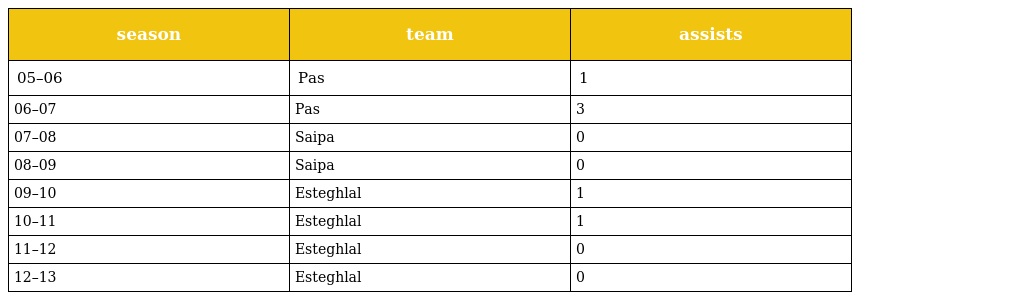
| season | team | assists |
 | --- | --- | --- |
 | 05–06 | Pas | 1 |
 | 06–07 | Pas | 3 |
 | 07–08 | Saipa | 0 |
 | 08–09 | Saipa | 0 |
 | 09–10 | Esteghlal | 1 |
 | 10–11 | Esteghlal | 1 |
 | 11–12 | Esteghlal | 0 |
 | 12–13 | Esteghlal | 0 |